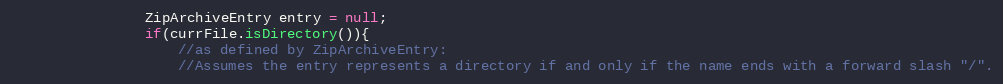
Language: Java
				ZipArchiveEntry entry = null;
				if(currFile.isDirectory()){
					//as defined by ZipArchiveEntry:
					//Assumes the entry represents a directory if and only if the name ends with a forward slash "/".